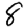
Digit: 8